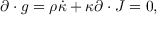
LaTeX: \partial \cdot g = \rho \dot { \kappa } + \kappa \partial \cdot J = 0 ,